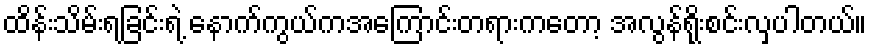
ထိန်းသိမ်းရခြင်းရဲ့ နောက်ကွယ်ကအကြောင်းတရားကတော့ အလွန်ရိုးစင်းလှပါတယ်။